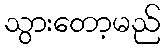
သွားတော့မည်